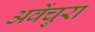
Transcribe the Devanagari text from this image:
अवेंचुरा